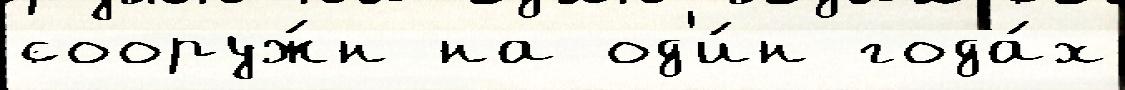
сооруж́н на од'и́н года́х